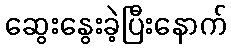
ဆွေးနွေးခဲ့ပြီးနောက်